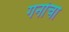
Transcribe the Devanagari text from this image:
गनांचा